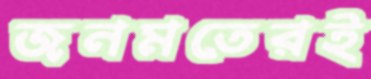
জনমতেরই